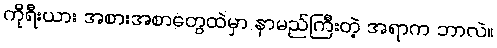
ကိုရီးယား အစားအစာတွေထဲမှာ နာမည်ကြီးတဲ့ အရာက ဘာလဲ။